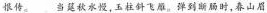
恨传。当延秋水慢，玉柱斜飞原。弹到断肠时，春山眉